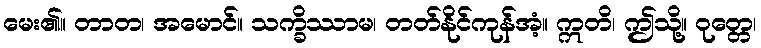
မေး၏။ တာတ၊ အမောင်။ သက္ခိဿာမ၊ တတ်နိုင်ကုန်အံ့။ ဣတိ၊ ဤသို့။ ဝုတ္တေ၊